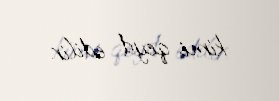
kimi qeyd edilir.